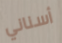
أسناني